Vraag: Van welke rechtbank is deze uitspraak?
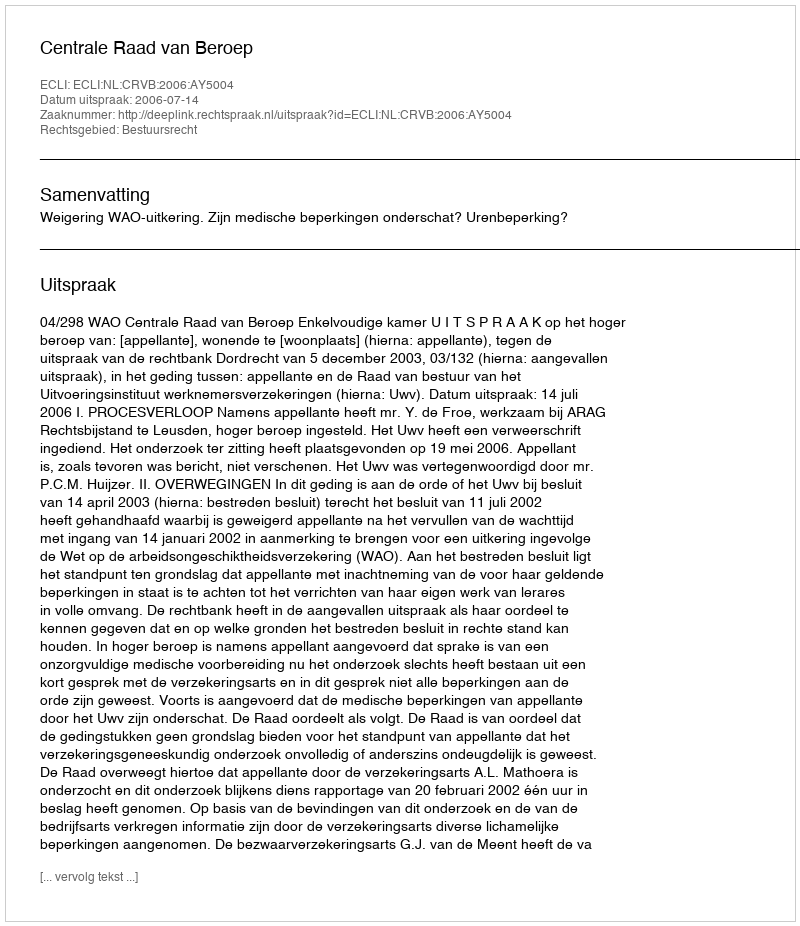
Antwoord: Centrale Raad van Beroep